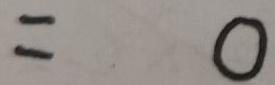
= 0